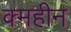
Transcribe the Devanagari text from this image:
क्महीन